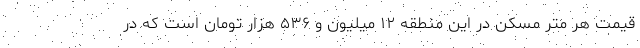
قیمت هر متر مسکن در این منطقه ۱۲ میلیون و ۵۳۶ هزار تومان است که در